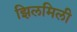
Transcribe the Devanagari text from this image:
झिलमिली